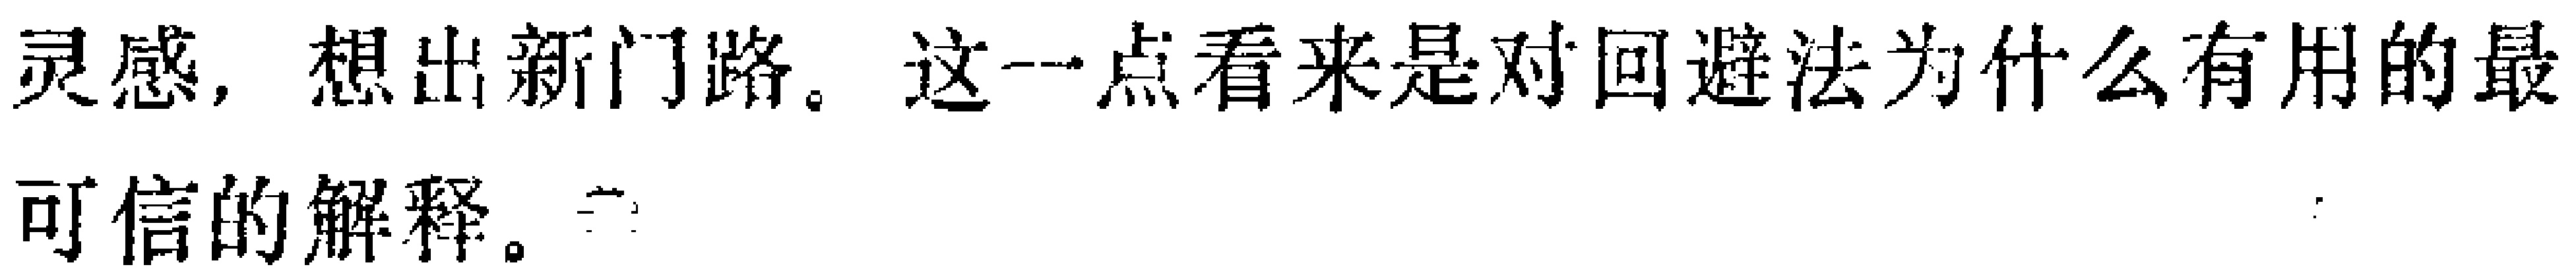
灵感，想出新门路。这一点看来是对回避法为什么有用的最
可信的解释。